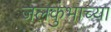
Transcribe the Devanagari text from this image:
जलकुंभाच्या